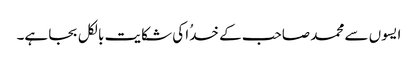
ایسوں سے محمد صاحب کے خدُا کی شکایت بالکل بجا ہے۔